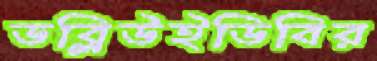
ডব্লিউইডিবির